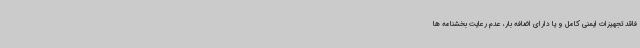
فاقد تجهیزات ایمنی کامل و یا دارای اضافه بار، عدم رعایت بخشنامه ها